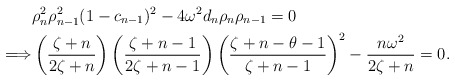
\begin{align*}&\rho_{n}^2\rho_{n-1}^2(1-c_{n-1})^2-4\omega^2d_n\rho_{n}\rho_{n-1}= 0 \\\Longrightarrow & \left(\dfrac{\zeta+n}{2\zeta+n}\right) \left(\dfrac{\zeta+n-1}{2\zeta+n-1}\right) \left(\dfrac{\zeta+n-\theta-1}{\zeta+n-1}\right)^2-\dfrac{n\omega^2}{2\zeta+n}=0.\end{align*}